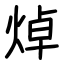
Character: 焯